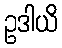
ဥဒါယိ